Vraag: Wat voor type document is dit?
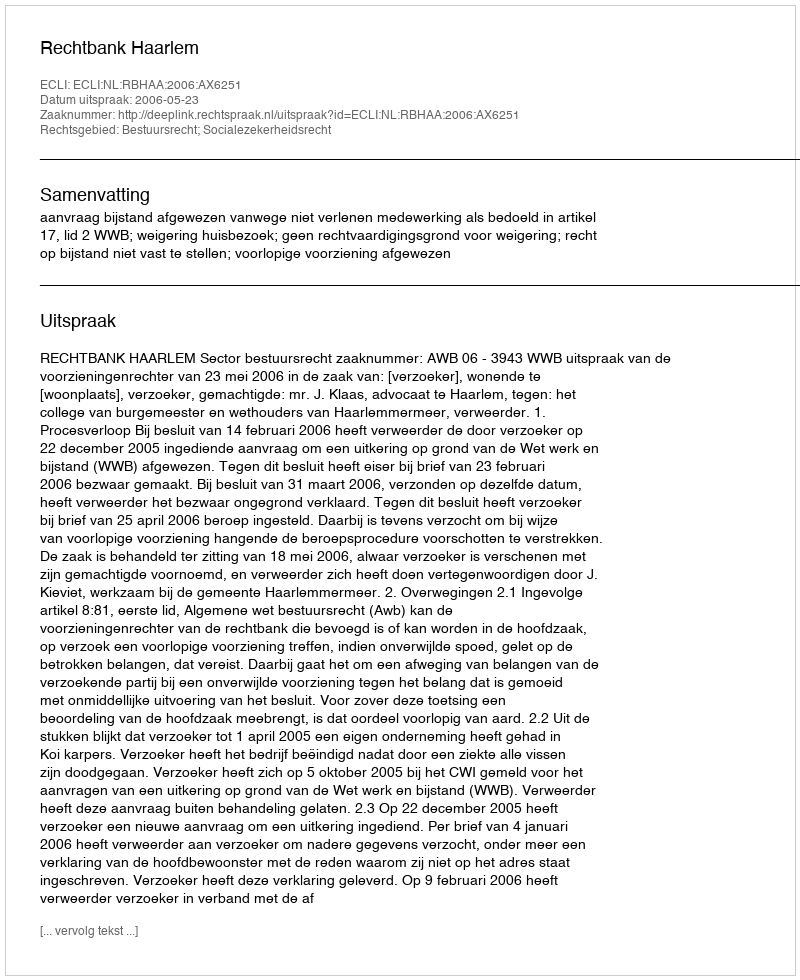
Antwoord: Uitspraak